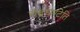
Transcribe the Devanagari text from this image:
चंद्रघण्टेति